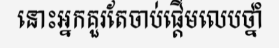
នោះអ្នកគួរតែចាប់ផ្តើមលេបថ្នាំ